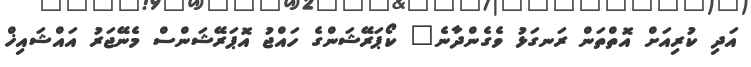
އަދި ކުރިއަށް އޮތްތަން ރަނގަޅު ވެގެންދާނެ" ކޯޕަރޭޝަންގެ ހައްޖު އޮޕަރޭޝަންސް މެނޭޖަރު އައްޝައިޚް